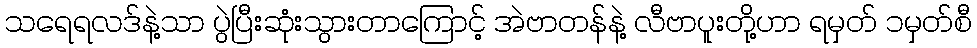
သရေရလဒ်နဲ့သာ ပွဲပြီးဆုံးသွားတာကြောင့် အဲဗာတန်နဲ့ လီဗာပူးတို့ဟာ ရမှတ် ၁မှတ်စီ